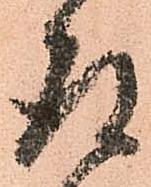
存